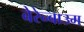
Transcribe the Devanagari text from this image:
बेरेन्बाउम